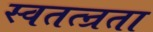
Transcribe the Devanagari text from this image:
स्वतत्न्रता